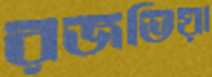
রজভিয়া